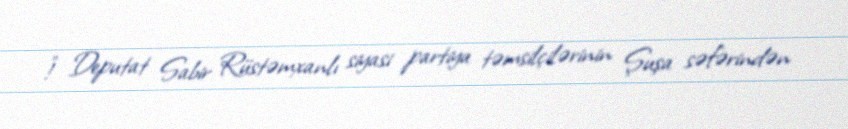
!” Deputat Sabir Rüstəmxanlı siyasi partiya təmsilçilərinin Şuşa səfərindən